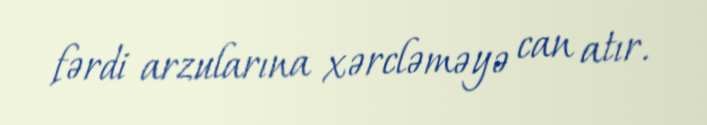
fərdi arzularına xərcləməyə can atır.